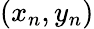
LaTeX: (x_{n},y_{n})